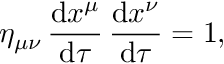
\eta _ { \mu \nu } \, \frac { \mathrm { d } x ^ { \mu } } { \mathrm { d } \tau } \, \frac { \mathrm { d } x ^ { \nu } } { \mathrm { d } \tau } = 1 ,